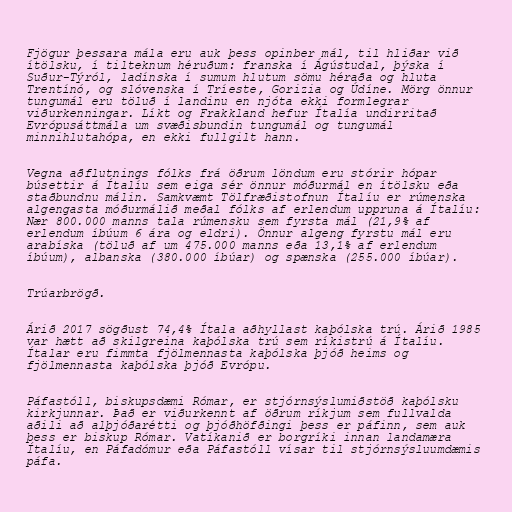
Fjögur þessara mála eru auk þess opinber mál, til hliðar við
ítölsku, í tilteknum héruðum: franska í Ágústudal, þýska í
Suður-Týról, ladínska í sumum hlutum sömu héraða og hluta
Trentínó, og slóvenska í Tríeste, Gorizia og Údíne. Mörg önnur
tungumál eru töluð í landinu en njóta ekki formlegrar
viðurkenningar. Líkt og Frakkland hefur Ítalía undirritað
Evrópusáttmála um svæðisbundin tungumál og tungumál
minnihlutahópa, en ekki fullgilt hann.

Vegna aðflutnings fólks frá öðrum löndum eru stórir hópar
búsettir á Ítalíu sem eiga sér önnur móðurmál en ítölsku eða
staðbundnu málin. Samkvæmt Tölfræðistofnun Ítalíu er rúmenska
algengasta móðurmálið meðal fólks af erlendum uppruna á Ítalíu:
Nær 800.000 manns tala rúmensku sem fyrsta mál (21,9% af
erlendum íbúum 6 ára og eldri). Önnur algeng fyrstu mál eru
arabíska (töluð af um 475.000 manns eða 13,1% af erlendum
íbúum), albanska (380.000 íbúar) og spænska (255.000 íbúar).

Trúarbrögð.

Árið 2017 sögðust 74,4% Ítala aðhyllast kaþólska trú. Árið 1985
var hætt að skilgreina kaþólska trú sem ríkistrú á Ítalíu.
Ítalar eru fimmta fjölmennasta kaþólska þjóð heims og
fjölmennasta kaþólska þjóð Evrópu.

Páfastóll, biskupsdæmi Rómar, er stjórnsýslumiðstöð kaþólsku
kirkjunnar. Það er viðurkennt af öðrum ríkjum sem fullvalda
aðili að alþjóðarétti og þjóðhöfðingi þess er páfinn, sem auk
þess er biskup Rómar. Vatíkanið er borgríki innan landamæra
Ítalíu, en Páfadómur eða Páfastóll vísar til stjórnsýsluumdæmis
páfa.